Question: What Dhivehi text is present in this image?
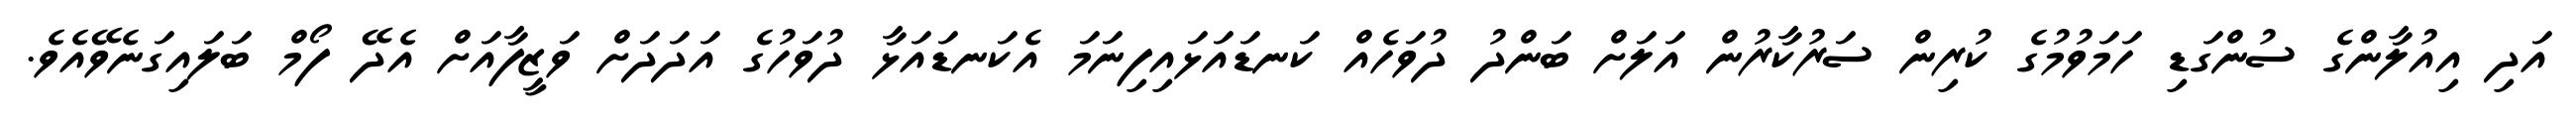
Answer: އަދި އިއުލާންގެ ސުންގަޑި ހަމަވުމުގެ ކުރިން ސަރުކާރުން އަލަށް ބަންދު ދުވަހެއް ކަނޑައަޅައިފިނަމަ އެކަނޑައަޅާ ދުވަހުގެ އަދަދަށް ވަޒީފާއަށް އެދޭ ފޯމް ބަލައިގަނެވޭއެވެ.